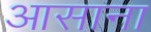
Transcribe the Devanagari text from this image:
आसाना